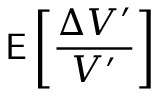
\mathsf { E } \left[ \frac { \Delta V ^ { \prime } } { V ^ { \prime } } \right]